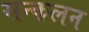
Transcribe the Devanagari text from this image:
सन्कलन